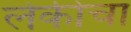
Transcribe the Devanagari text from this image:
लेकीचा